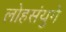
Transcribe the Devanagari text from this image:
लोहसंयुगे